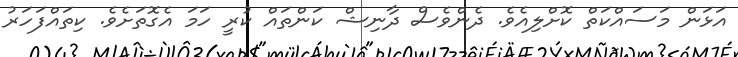
އަޅަން މަސައްކަތް ކޮށްލިއެވެ. ދެންވެސް ދާނިޝް ކަންތައް ކުރީ ހަމަ އެގޮތަށެެވެ. ކިތައްފަހަރު